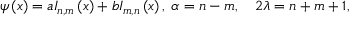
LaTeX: \psi \left( x \right) = a I _ { n , m } \left( x \right) + b I _ { m , n } \left( x \right) , \; \alpha = n - m , \quad 2 \lambda = n + m + 1 ,